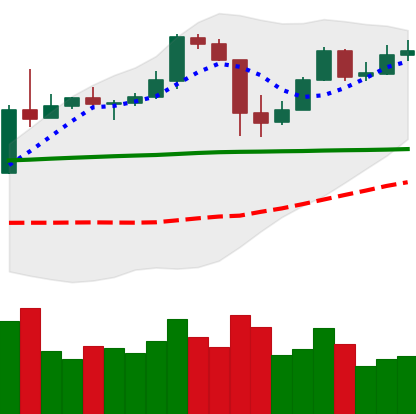
Ticker: BTC-USD
Chart end date: 2020-05-18
Forward return: -5.318%
Label: down_5_7